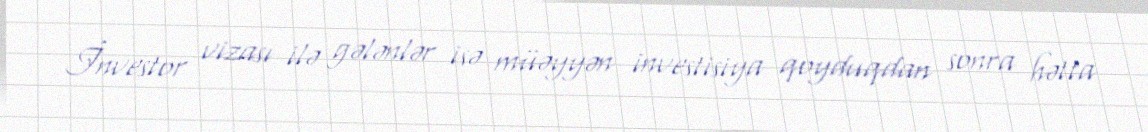
İnvestor vizası ilə gələnlər isə müəyyən investisiya qoyduqdan sonra hətta